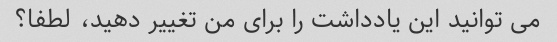
می توانید این یادداشت را برای من تغییر دهید، لطفا؟